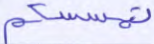
تمسسكم